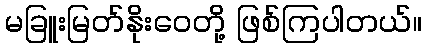
မခြူးမြတ်နိုးဝေတို့ ဖြစ်ကြပါတယ်။